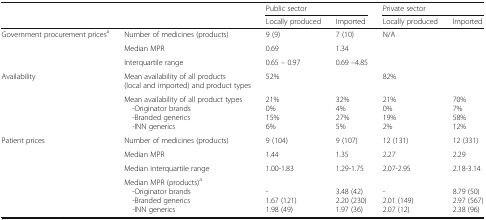
<table><thead><tr><td rowspan="2" colspan="2"></td><td colspan="2"><b>Public sector</b></td><td colspan="2"><b>Private sector</b></td></tr><tr><td><b>Locally produced</b></td><td><b>Imported</b></td><td><b>Locally produced</b></td><td><b>Imported</b></td></tr></thead><tbody><tr><td rowspan="3">Government procurement prices<sup>a</sup></td><td>Number of medicines (products)</td><td>9 (9)</td><td>7 (10)</td><td rowspan="3" colspan="2">N/A</td></tr><tr><td>Median MPR</td><td>0.69</td><td>1.34</td></tr><tr><td>Interquartile range</td><td>0.65 – 0.97</td><td>0.69 –4.85</td></tr><tr><td rowspan="2">Availability</td><td>Mean availability of all products (local and imported) and product types</td><td colspan="2">52%</td><td colspan="2">82%</td></tr><tr><td>Mean availability of all product types -Originator brands -Branded generics -INN generics</td><td>21%0%15%6%</td><td>32%4%27%5%</td><td>21%0%19%2%</td><td>70%7%58%12%</td></tr><tr><td rowspan="4">Patient prices</td><td>Number of medicines (products)</td><td>9 (104)</td><td>9 (107)</td><td>12 (131)</td><td>12 (331)</td></tr><tr><td>Median MPR</td><td>1.44</td><td>1.35</td><td>2.27</td><td>2.29</td></tr><tr><td>Median interquartile range</td><td>1.00-1.83</td><td>1.29-1.75</td><td>2.07-2.95</td><td>2.18-3.14</td></tr><tr><td>Median MPR (products)<sup>a</sup> -Originator brands -Branded generics -INN generics</td><td>ᅟ-1.67 (121)1.98 (49)</td><td>ᅟ3.48 (42)2.20 (230)1.97 (36)</td><td>ᅟ-2.01 (149)2.07 (12)</td><td>ᅟ8.79 (50)2.97 (567)2.38 (96)</td></tr></tbody></table>